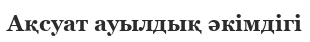
Ақсуат ауылдық әкімдігі